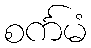
စင်္ကမံ